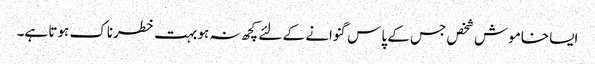
ایسا خاموش شخص جس کے پاس گنوانے کے لئے کچھ نہ ہو بہت خطرناک ہوتا ہے۔